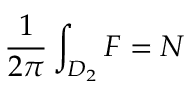
\frac { 1 } { 2 \pi } \int _ { D _ { 2 } } F = N